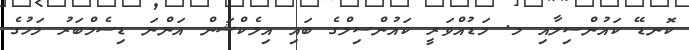
ކޮނޑޭ ކައުންސިލާއި މ. މަޑުއްވަރީ ކައުންސިލްގެ ބައި އިލެކްޝަން އަންނަ ޑިސެމްބަރު މަހުގެ